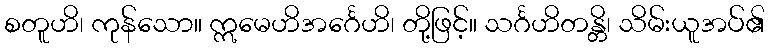
စတူဟိ၊ ကုန်သော။ ဣမေဟိအင်္ဂေဟိ၊ တို့ဖြင့်။ သင်္ဂဟိတန္တိ၊ သိမ်းယူအပ်၏